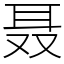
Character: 聂